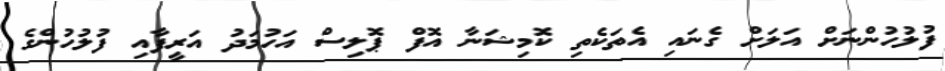
ފުލުހުންނަށް އަލަށް ގެނައި އެތަކެތި ކޮމިޝަނާ އޮފް ޕޮލިސް އަހުމަދު އަރީފާއި ފުލުހުންގެ